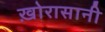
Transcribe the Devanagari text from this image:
ख़ोरासानी